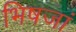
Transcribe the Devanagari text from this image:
भिषजां